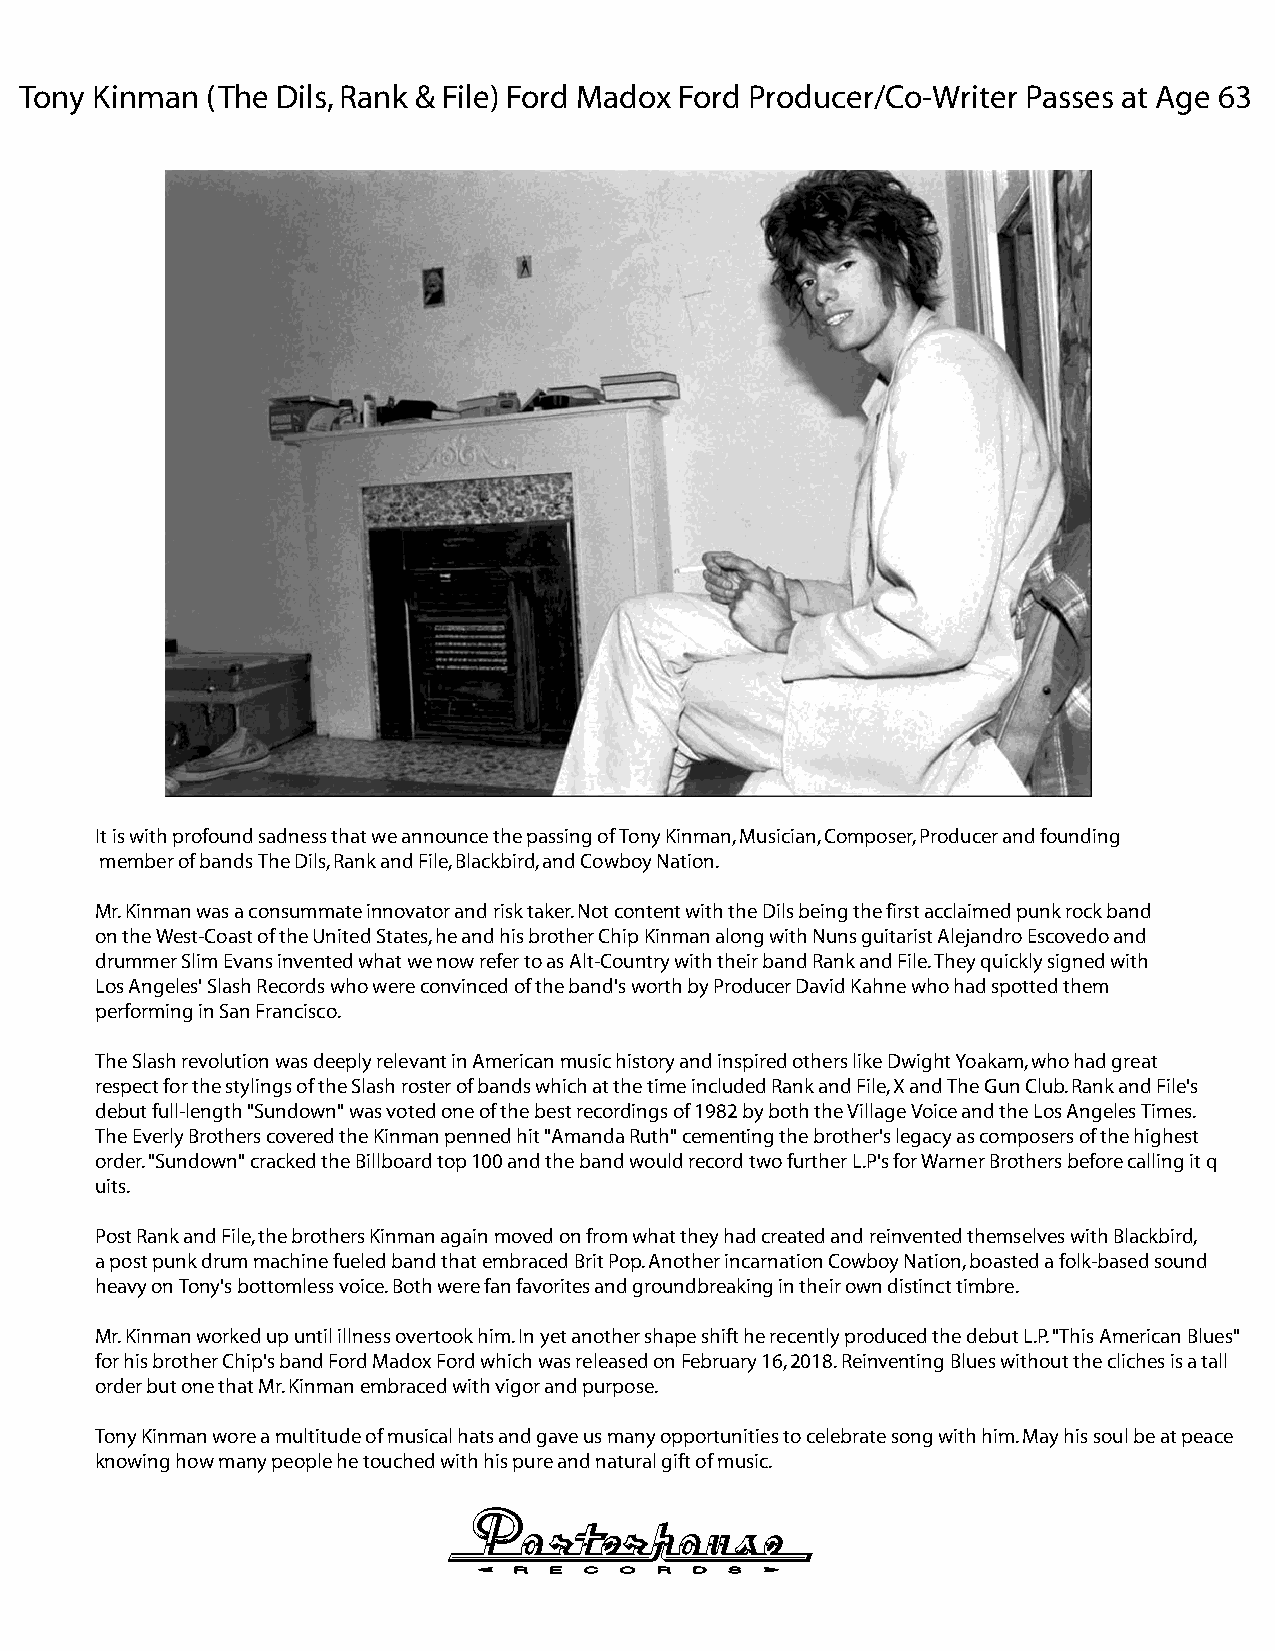
Tony Kinman  (The Dils, Rank & File) Ford Madox Ford Producer/Co-Writer Passes at Age 63
 It is with profound sadness that we announce the passing of Tony Kinman, Musician, Composer, Producer and founding
 member of bands The Dils, Rank and File, Blackbird, and Cowboy Nation.
 Mr. Kinman was a consummate innovator and risk taker. Not content with the Dils being the first acclaimed punk rock band
 on the West-Coast of the United States, he and his brother Chip Kinman along with Nuns guitarist Alejandro Escovedo and
 drummer Slim Evans invented what we now refer to as Alt-Country with their band Rank and File. They quickly signed with
 Los Angeles' Slash Records who were convinced of the band's worth by Producer David Kahne who had spotted them
 performing in San Francisco.
 The Slash revolution was deeply relevant in American music history and inspired others like Dwight Yoakam, who had great
 respect for the stylings of the Slash roster of bands which at the time included Rank and File, X and The Gun Club. Rank and File's
 debut full-length "Sundown" was voted one of the best recordings of 1982 by both the Village Voice and the Los Angeles Times.
 The Everly Brothers covered the Kinman penned hit "Amanda Ruth" cementing the brother's legacy as composers of the highest
 order. "Sundown" cracked the Billboard top 100 and the band would record two further L.P's for Warner Brothers before calling it q
 uits.
 Post Rank and File, the brothers Kinman again moved on from what they had created and reinvented themselves with Blackbird,
 a post punk drum machine fueled band that embraced Brit Pop. Another incarnation Cowboy Nation, boasted a folk-based sound
 heavy on Tony's bottomless voice. Both were fan favorites and groundbreaking in their own distinct timbre.
 Mr. Kinman worked up until illness overtook him. In yet another shape shift he recently produced the debut L.P. "This American Blues"
 for his brother Chip's band Ford Madox Ford which was released on February 16, 2018. Reinventing Blues without the cliches is a tall
 order but one that Mr. Kinman embraced with vigor and purpose.
 Tony Kinman wore a multitude of musical hats and gave us many opportunities to celebrate song with him. May his soul be at peace
 knowing how many people he touched with his pure and natural gift of music.